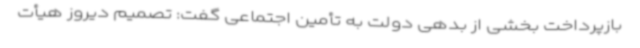
بازپرداخت بخشی از بدهی دولت به تأمین ‌اجتماعی گفت: تصمیم دیروز هیأت